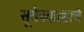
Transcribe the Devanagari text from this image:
सूर्यपकाशाचे